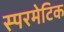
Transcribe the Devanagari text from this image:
स्परमेटिक